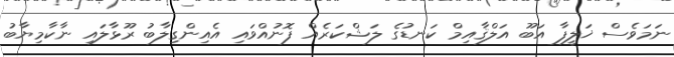
ނަމަވެސް ޚަލީފާ އަބޫ އަލްޤާއިމް ކަނޑުގެ ލަޝްކަރެއް ފޮނުއްވައި އެއިންގިލާބު ރޫޅާލައި ނާކާމިޔާބު